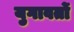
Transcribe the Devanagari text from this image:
युगावर्तो